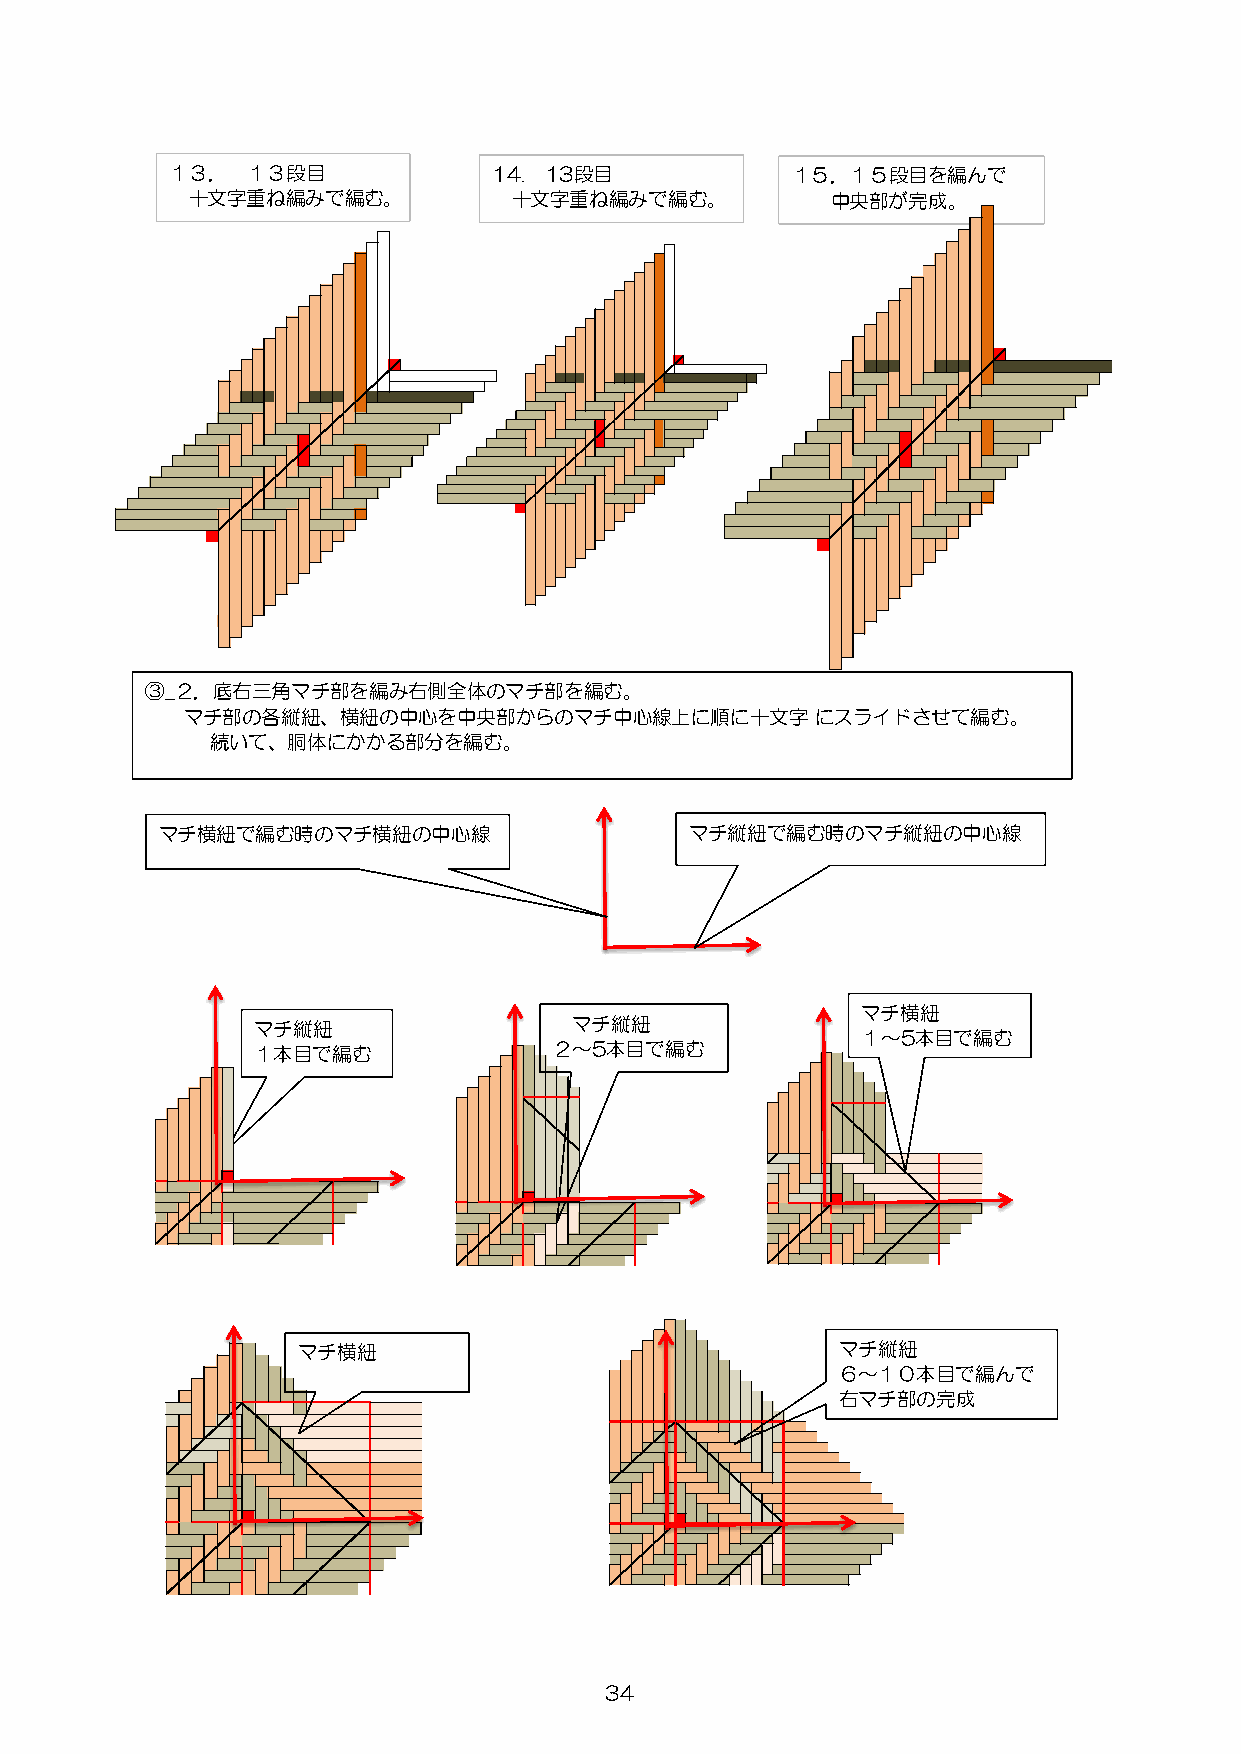
１３．  １３段目             14. 13段目           １５．１５段目を編んで
 十文字重ね編みで編む。           十文字重ね編みで編む。          中央部が完成。
 ③_２．底右三角マチ部を編み右側全体のマチ部を編む。
 マチ部の各縦紐、横紐の中心を中央部からのマチ中心線上に順に十文字          にスライドさせて編む。
 続いて、胴体にかかる部分を編む。
 マチ横紐で編む時のマチ横紐の中心線                   マチ縦紐で編む時のマチ縦紐の中心線
 マチ横紐
 マチ縦紐                 マチ縦紐
 １～5本目で編む
 １本目で編む              ２～5本目で編む
 マチ横紐                                マチ縦紐
 ６～１０本目で編んで
 右マチ部の完成
 34